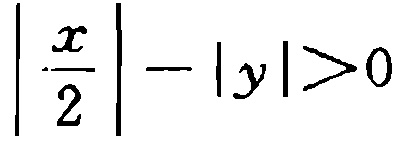
$\left|\frac{x}{2}\right|-|y|>0$